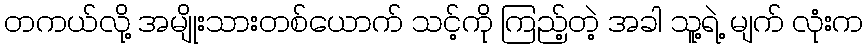
တကယ်လို့ အမျိုးသားတစ်ယောက် သင့်ကို ကြည့်တဲ့ အခါ သူ့ရဲ့ မျက် လုံးက